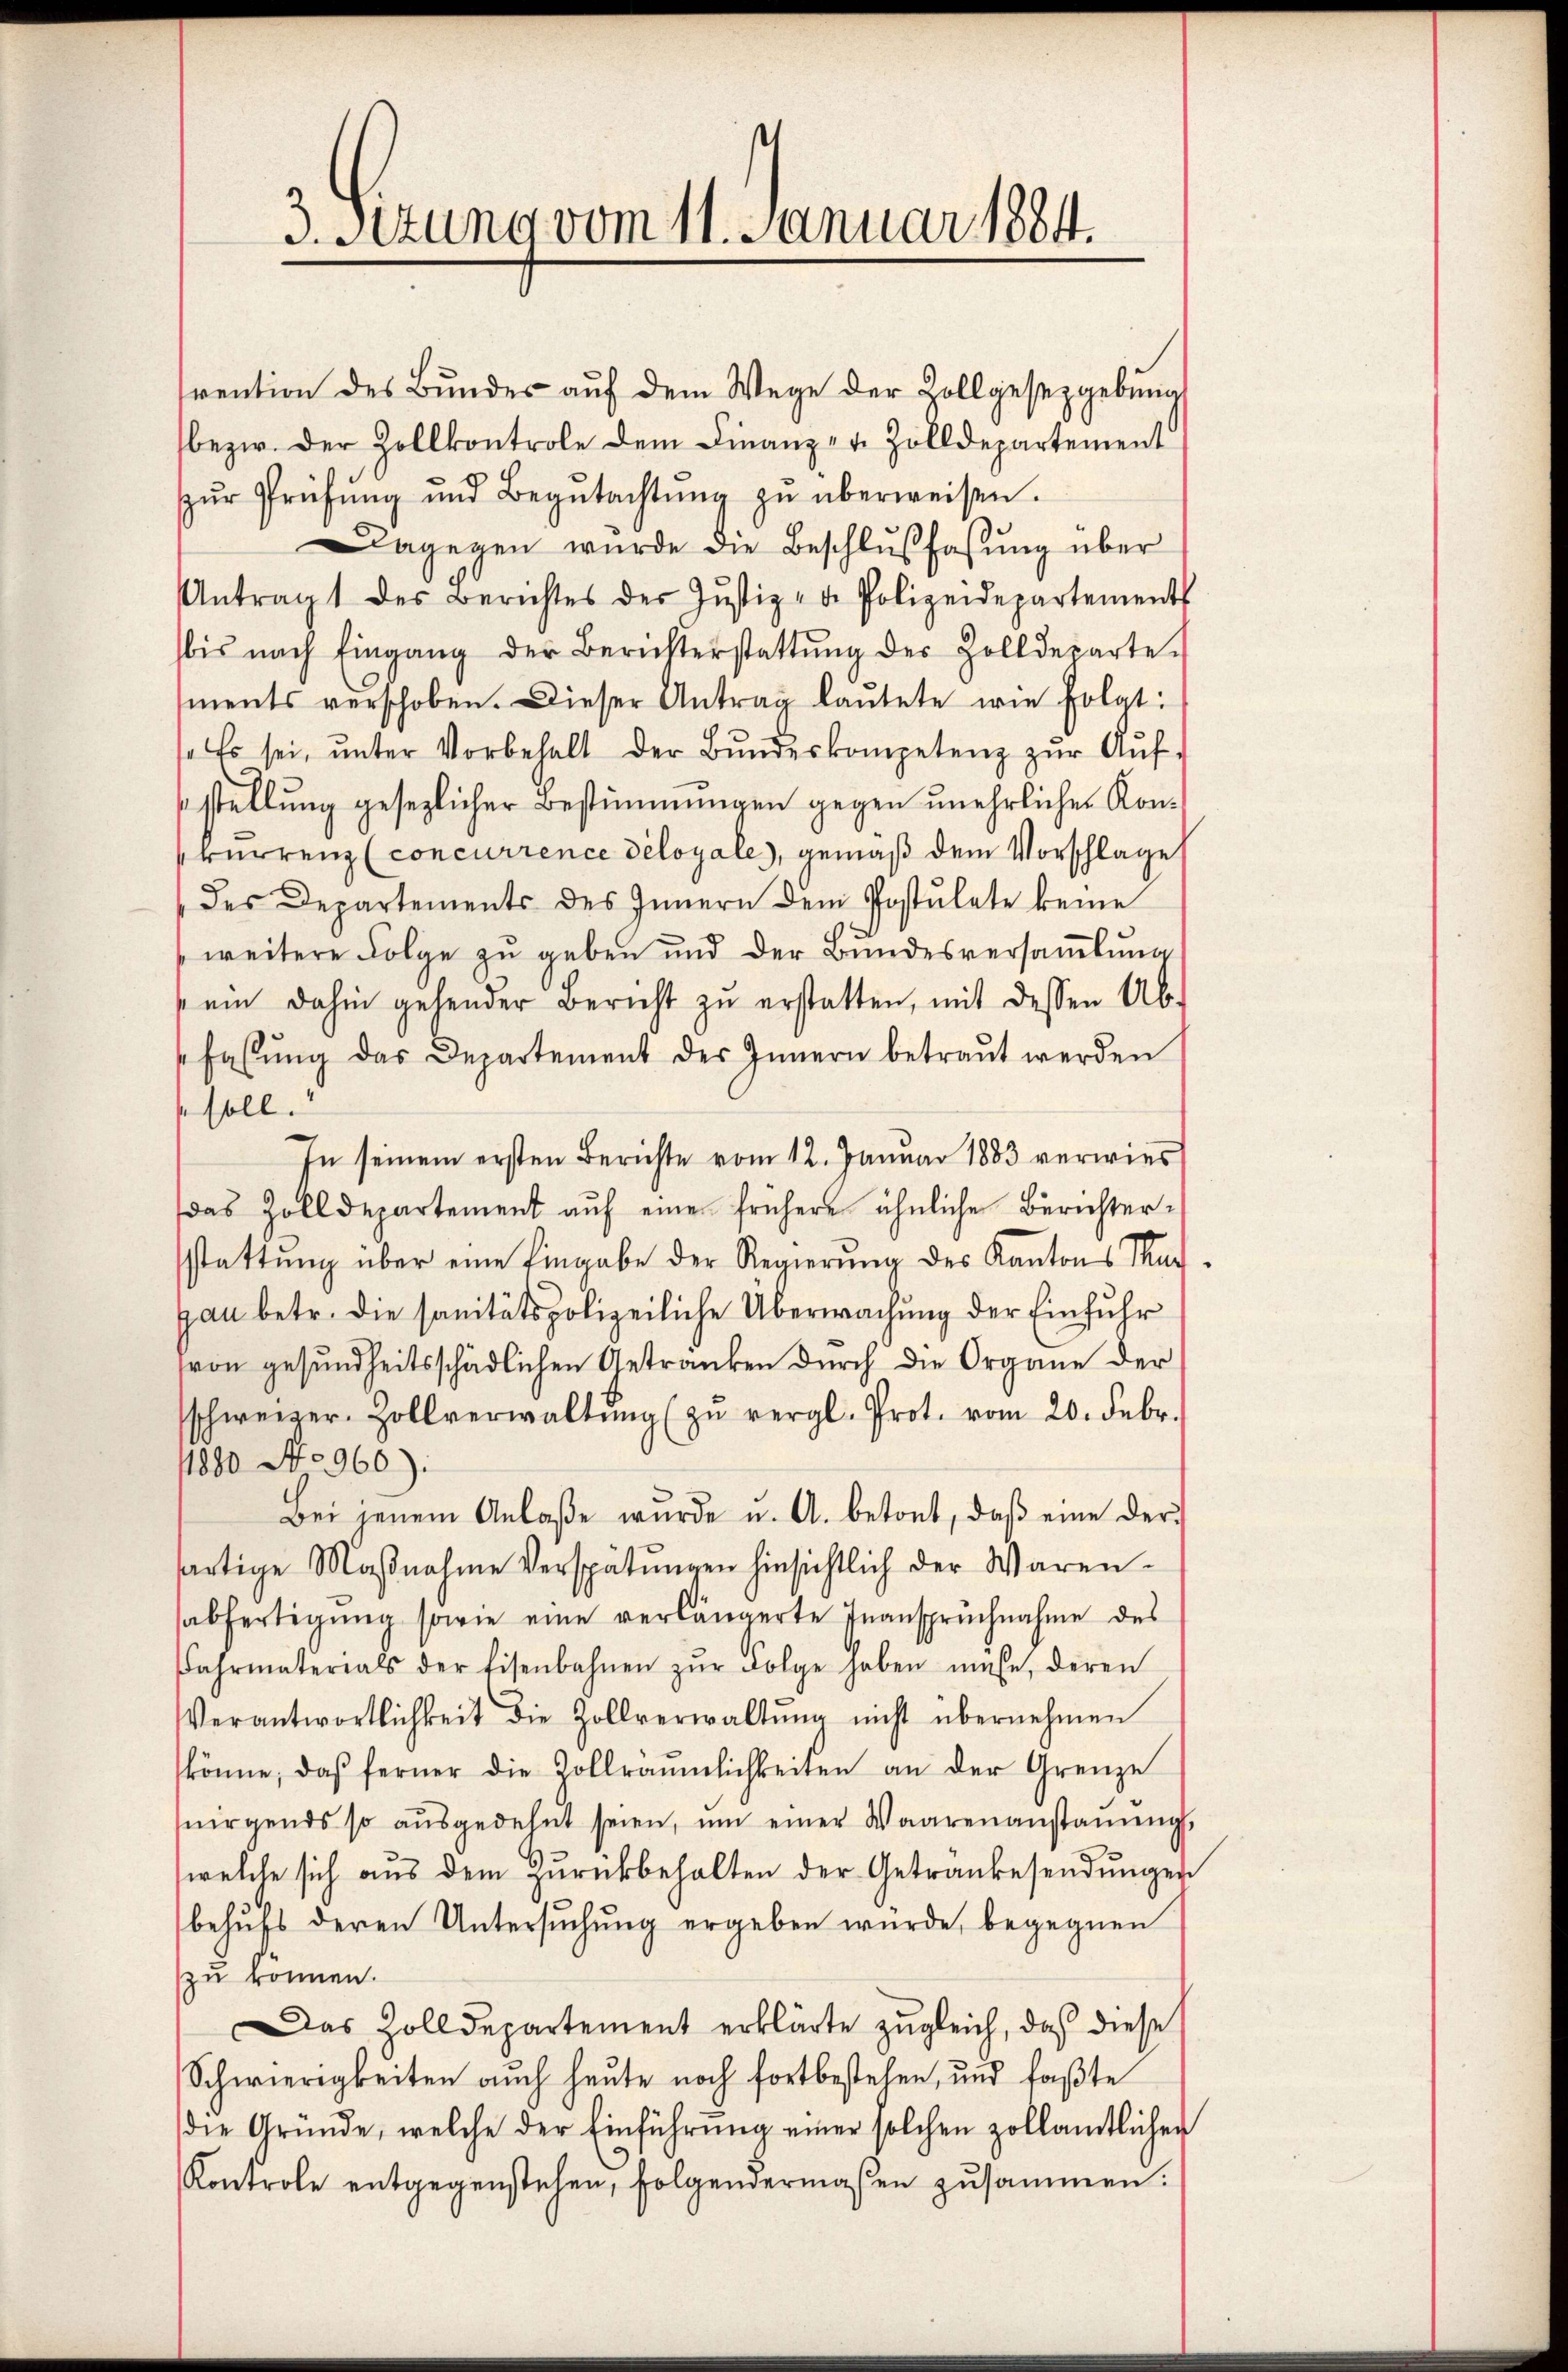
3. Setung vom 11. Januar 1884.

rention des Bŭndes aŭf dem Wege der Zollgesetzgebung
bezw. der Zollkontrole dem Finanz- u. Zolldepartement
ŭr Prüfŭng und Begŭtachtŭng zŭ überweisen.
Dagegen wurde die Beschlußfassŭng über
Antragt des Berichtes der Justiz- & Polizeidepartements
bis nach Eingang der Berichterstattŭng des Zolldeparte
ments verschoben. Dieser Antrag laŭtete wie folgt:
 Es sei, ŭnter Vorbehalt der Bŭndeskompetenz zŭr Aŭf-
stellung gesezlicher Bestimmungen gegen unehrlicher Konkurrenz (concurrence déloyale), gemäß dem Vorschlage
des Departements des Innern dem Postulate keine
weitere Folge zu geben und der Bundesversaṁlŭng
ei dahin gehender Bericht zŭ erstatten, mit dessen Ab-
Fahlŭng das Departement des Innern betraŭt werden
so soll.
In seinem ersten Berichte vom 12. Januar 1883 verwies
das Zolldepartement auf eine frühere ähnliche Berichtersstattŭng über eine Eingabe der Regierŭng des Kantons Tuch-
gau betr. die sanitätspolizeiliche Überwachung der Einfuhr
von gesundheitsschädlichen Getranken durch die Organe der
schweizer-Zollverwaltŭng zŭ vergl. Prot. vom 20. Febr.
1880 No 960):
Bei jenem Anlaβe wurde u. A. betont, daβ eine derärtige Maβnahme Verspätŭngen hinsichtlich der Waren-
sabfertigung sowie eine verlängerte Inanspruchnahme des
Fahrmaterials der Eisenbahnen zŭr Folge haben müße, deren
Verantwortlichkeit die Zollverwaltŭng nicht übernehmen
könne, daß ferner die Zollräŭmlichkeiten an der Grenze
nirgends so aŭsgedehnt seien, ŭm einer Waarenanstaneng
welche sich aus dem Zurückbehalten der Getränkesendungen
behŭfs deren Untersŭchŭng ergeben würde, begegnen
zu können.
Das Zolldepartement erklärte zŭgleich, das diese
Schwierigkeiten auch heute noch fortbestehen, und faßte
die Gründe, welche der Einführŭng einer solchen zollamtlicher
Kontrole entgegenstehen, folgendermaβen zusammen.